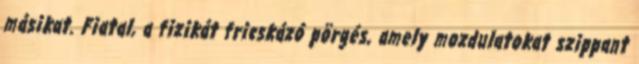
másikat. Fiatal, a fizikát fricskázó pörgés, amely mozdulatokat szippant